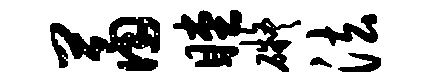
萧瞠碍法